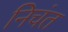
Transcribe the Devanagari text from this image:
निचंत